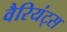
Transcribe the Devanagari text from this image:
वैरियंट्स